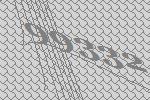
99332